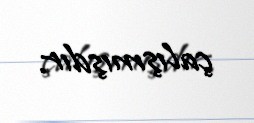
çalışmışdır.